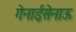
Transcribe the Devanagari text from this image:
गेनाईसेनाऊ